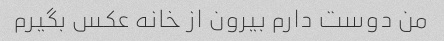
من دوست دارم بیرون از خانه عکس بگیرم